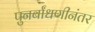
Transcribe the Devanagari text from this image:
पुनर्बांधणीनंतर